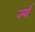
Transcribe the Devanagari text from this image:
ज्यँ